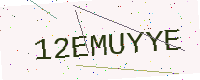
Text: 12EMUYYE